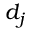
d _ { j }